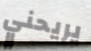
يريحني